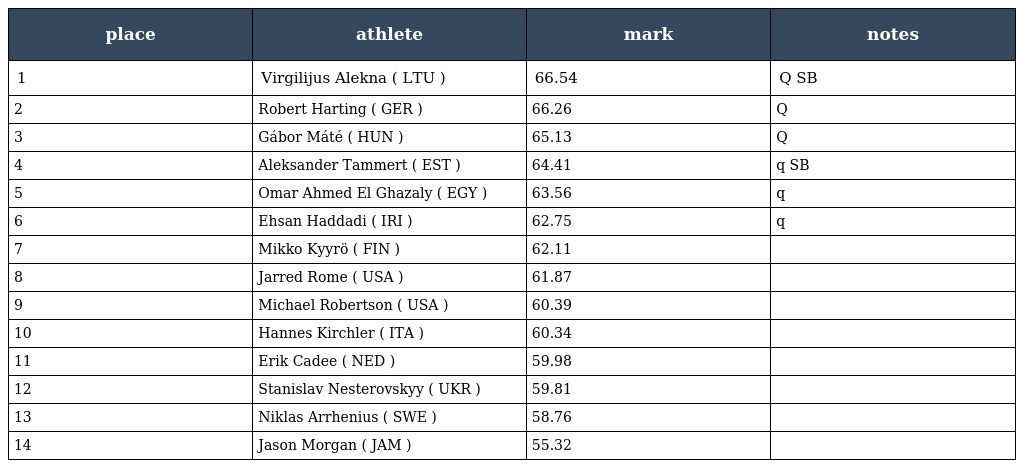
| place | athlete | mark | notes |
 | --- | --- | --- | --- |
 | 1 | Virgilijus Alekna ( LTU ) | 66.54 | Q SB |
 | 2 | Robert Harting ( GER ) | 66.26 | Q |
 | 3 | Gábor Máté ( HUN ) | 65.13 | Q |
 | 4 | Aleksander Tammert ( EST ) | 64.41 | q SB |
 | 5 | Omar Ahmed El Ghazaly ( EGY ) | 63.56 | q |
 | 6 | Ehsan Haddadi ( IRI ) | 62.75 | q |
 | 7 | Mikko Kyyrö ( FIN ) | 62.11 |  |
 | 8 | Jarred Rome ( USA ) | 61.87 |  |
 | 9 | Michael Robertson ( USA ) | 60.39 |  |
 | 10 | Hannes Kirchler ( ITA ) | 60.34 |  |
 | 11 | Erik Cadee ( NED ) | 59.98 |  |
 | 12 | Stanislav Nesterovskyy ( UKR ) | 59.81 |  |
 | 13 | Niklas Arrhenius ( SWE ) | 58.76 |  |
 | 14 | Jason Morgan ( JAM ) | 55.32 |  |